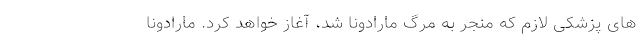
های پزشکی لازم که منجر به مرگ مارادونا شد، آغاز خواهد کرد. مارادونا